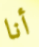
أنا